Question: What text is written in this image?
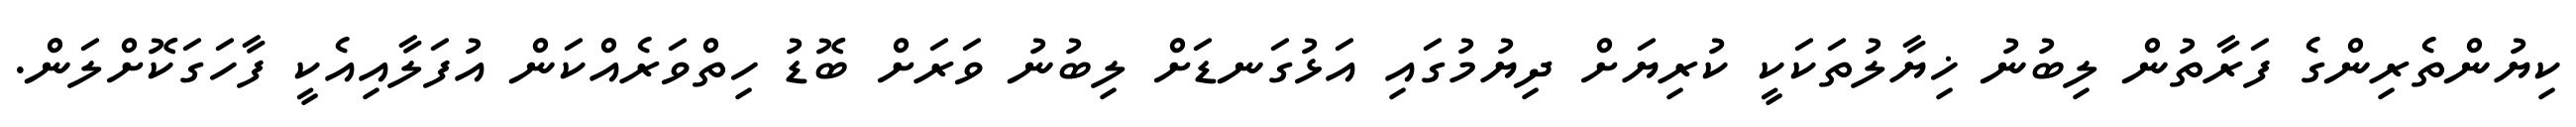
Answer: ކިޔުންތެރިންގެ ފަރާތުން ލިބުނު ޚިޔާލުތަކަކީ ކުރިޔަށް ދިޔުމުގައި އަޅުގަނޑަށް ލިބުނު ވަރަށް ބޮޑު ހިތްވަރެއްކަން އުފަލާއިއެކީ ފާހަގަކޮށްލަން.